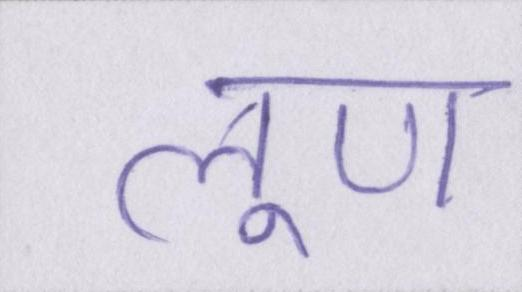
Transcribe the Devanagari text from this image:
लूण